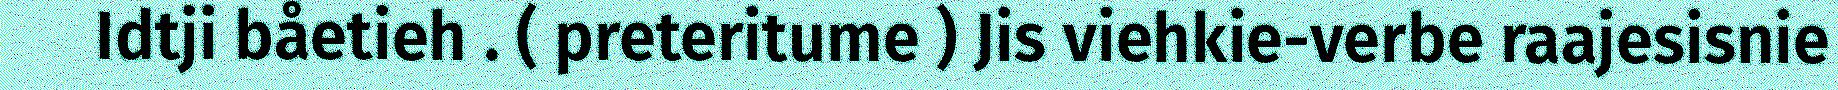
Idtji båetieh . ( preteritume ) Jis viehkie-verbe raajesisnie